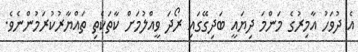
އެ ދުވަހު އާމިރުގެ މަންމަ ދިޔައީ ބަދިގޭގައި ރޯދަ ވީއްލުމަށް ކާތަކެތި ތައްޔާރުކުރަމުންނެވެ.